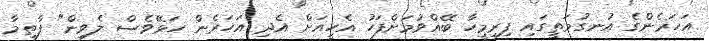
އަހަރެންގެ އުނގުމަތީގައި ފިރިމީހާ ބޭއްވުމަށްފަހު އެހީއަށް އެދި އަހަރެން ހަޅޭވެސް ލެވިން" ފާތިމާ